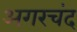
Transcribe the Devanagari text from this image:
अगरचंद